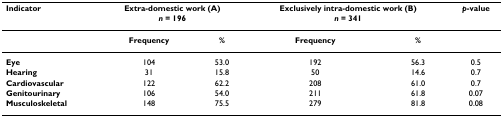
<table><thead><tr><td><b>Indicator</b></td><td colspan="2"><b>Extra-domestic work (A)<i>n </i>= 196</b></td><td colspan="2"><b>Exclusively intra-domestic work (B) <i>n </i>= 341</b></td><td><b><i>p</i>-value</b></td></tr></thead><tbody><tr><td>[EMPTY_CELL]</td><td><b>Frequency</b></td><td><b>%</b></td><td><b>Frequency</b></td><td><b>%</b></td><td>[EMPTY_CELL]</td></tr><tr><td><b>Eye</b></td><td>104</td><td>53.0</td><td>192</td><td>56.3</td><td>0.5</td></tr><tr><td><b>Hearing</b></td><td>31</td><td>15.8</td><td>50</td><td>14.6</td><td>0.7</td></tr><tr><td><b>Cardiovascular</b></td><td>122</td><td>62.2</td><td>208</td><td>61.0</td><td>0.7</td></tr><tr><td><b>Genitourinary</b></td><td>106</td><td>54.0</td><td>211</td><td>61.8</td><td>0.07</td></tr><tr><td><b>Musculoskeletal</b></td><td>148</td><td>75.5</td><td>279</td><td>81.8</td><td>0.08</td></tr></tbody></table>